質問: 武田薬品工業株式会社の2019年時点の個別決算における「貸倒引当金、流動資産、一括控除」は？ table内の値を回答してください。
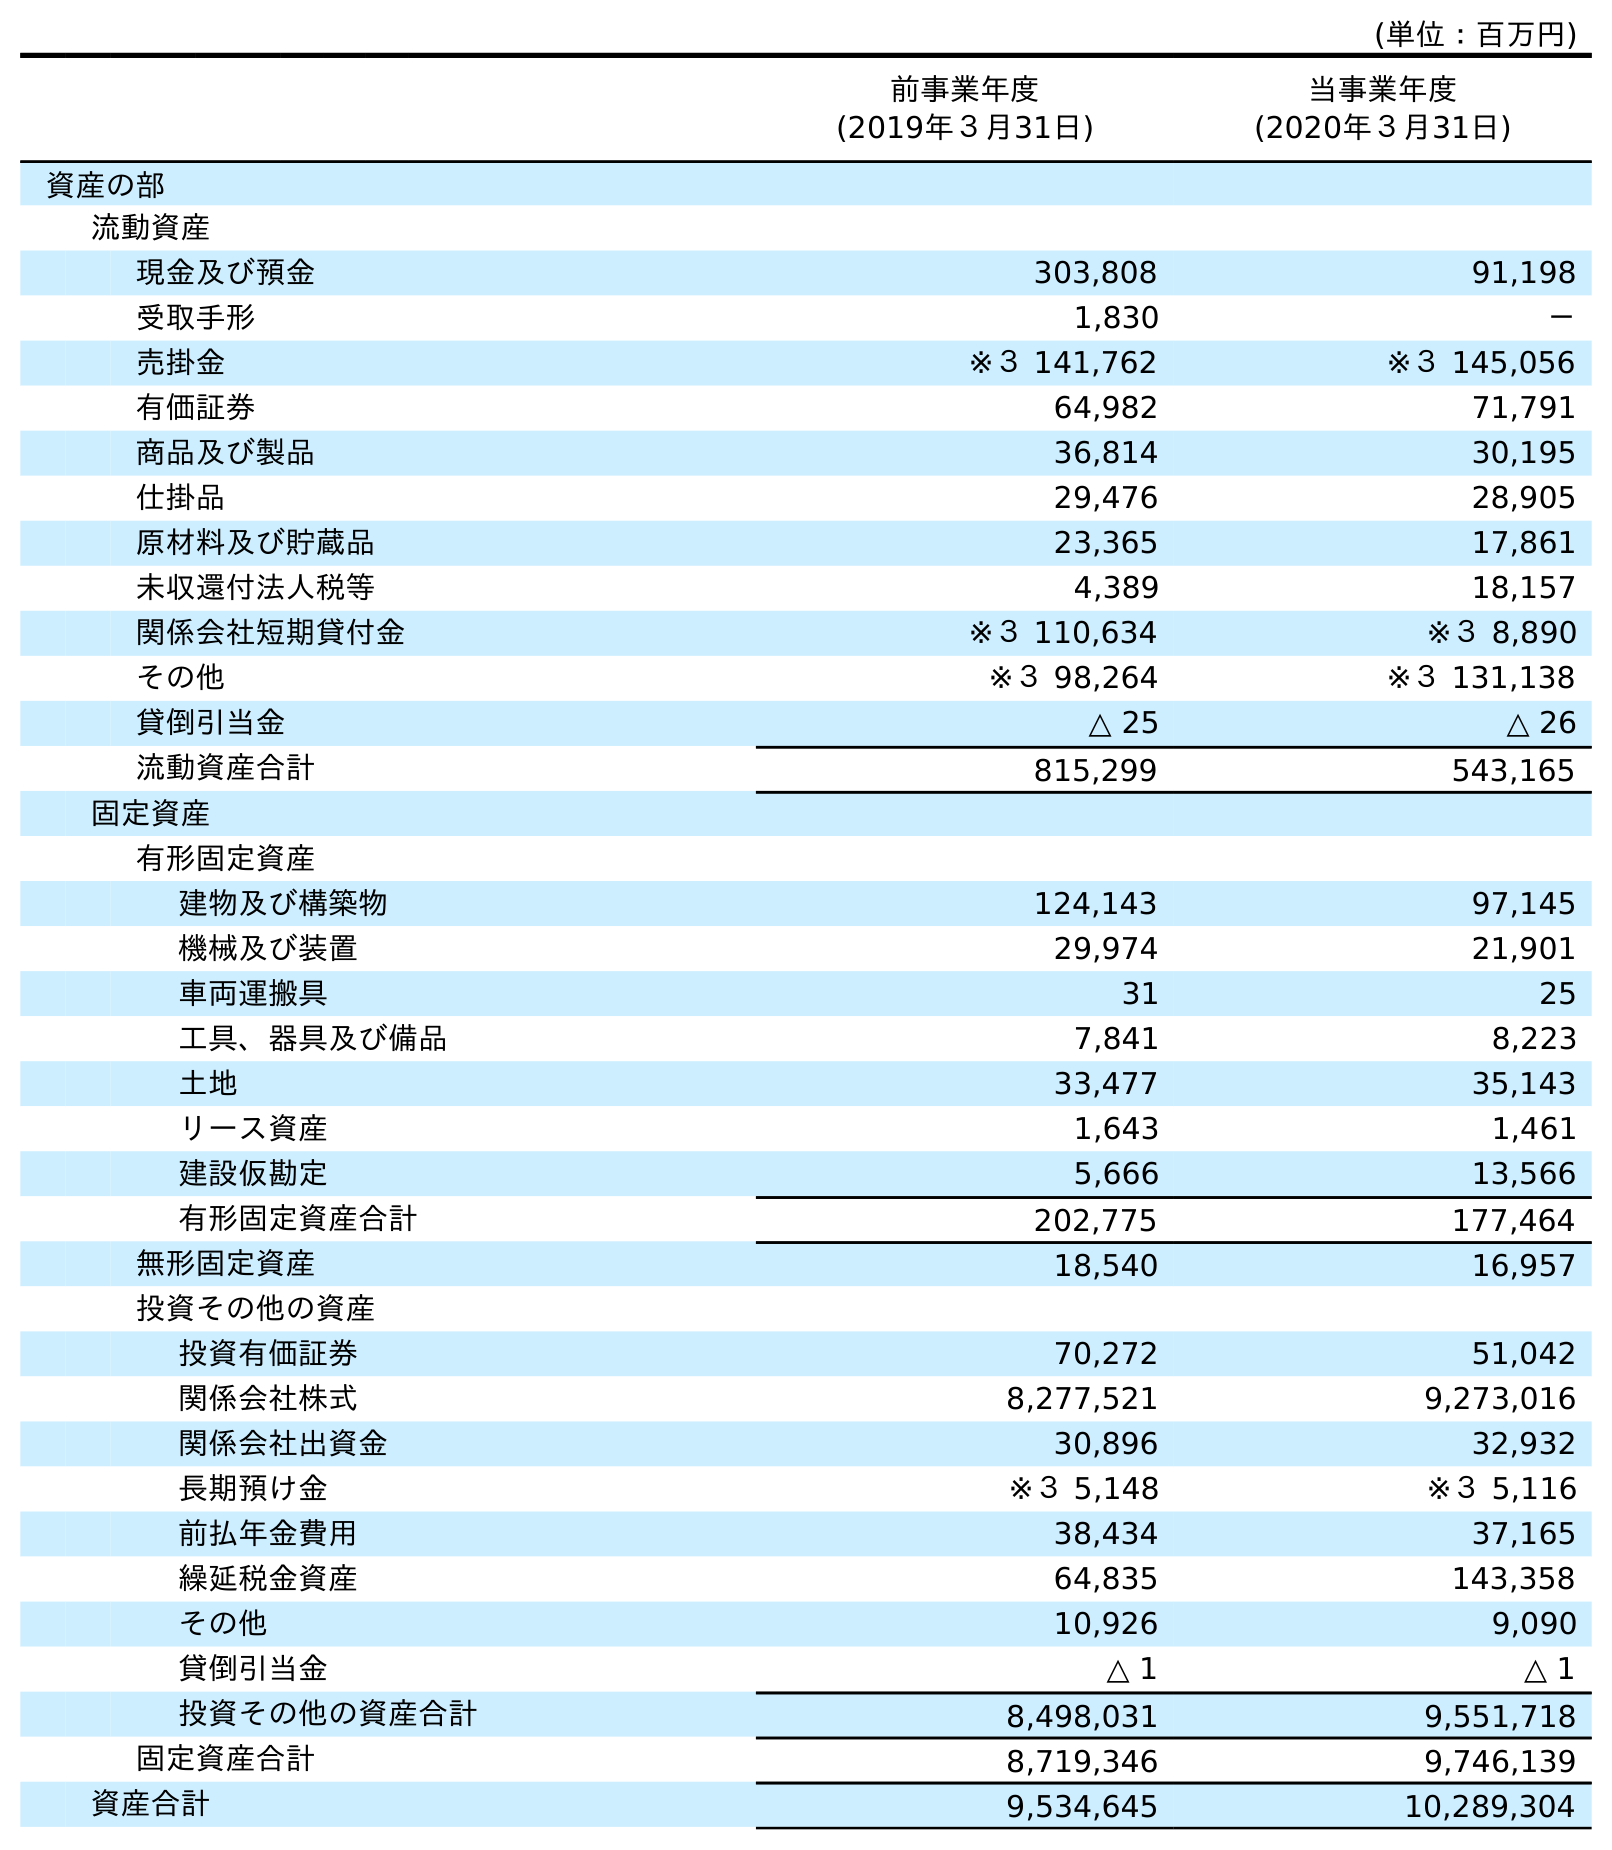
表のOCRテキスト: (単位：百万円) 前事業年度 (2019年３月31日) 当事業年度 (2020年３月31日) 資産の部 流動資産 現金及び預金 303,808 91,198 受取手形 1,830 － 売掛金 ※３ 141,762 ※３ 145,056 有価証券 64,982 71,791 商品及び製品 36,814 30,195 仕掛品 29,476 28,905 原材料及び貯蔵品 23,365 17,861 未収還付法人税等 4,389 18,157 関係会社短期貸付金 ※３ 110,634 ※３ 8,890 その他 ※３ 98,264 ※３ 131,138 貸倒引当金 △ 25 △ 26 流動資産合計 815,299 543,165 固定資産 有形固定資産 建物及び構築物 124,143 97,145 機械及び装置 29,974 21,901 車両運搬具 31 25 工具、器具及び備品 7,841 8,223 土地 33,477 35,143 リース資産 1,643 1,461 建設仮勘定 5,666 13,566 有形固定資産合計 202,775 177,464 無形固定資産 18,540 16,957 投資その他の資産 投資有価証券 70,272 51,042 関係会社株式 8,277,521 9,273,016 関係会社出資金 30,896 32,932 長期預け金 ※３ 5,148 ※３ 5,116 前払年金費用 38,434 37,165 繰延税金資産 64,835 143,358 その他 10,926 9,090 貸倒引当金 △ 1 △ 1 投資その他の資産合計 8,498,031 9,551,718 固定資産合計 8,719,346 9,746,139 資産合計 9,534,645 10,289,304
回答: △25